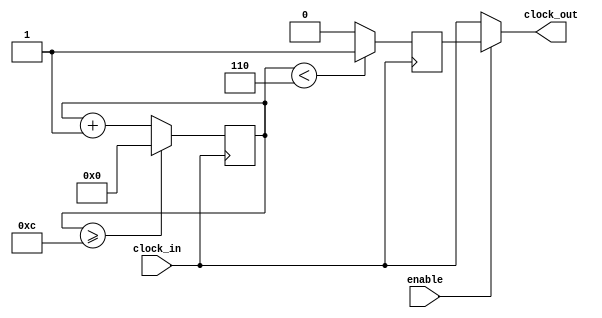
module Clock_divider(clock_in,clock_out,enable
    );
input clock_in; // input clock on FPGA
input enable; //mode to enable for ADC
output reg clock_out; // output clock after dividing the input clock by divisor
reg[27:0] counter=28'd0;
reg r_clock_out;
parameter DIVISOR = 28'd13;
// The frequency of the output clk_out
//  = The frequency of the input clk_in divided by DIVISOR
// For example: Fclk_in = 50Mhz, if you want to get 1Hz signal to blink LEDs
// You will modify the DIVISOR parameter value to 28'd50.000.000
// Then the frequency of the output clk_out = 50Mhz/50.000.000 = 1Hz
always @(posedge clock_in)
begin
 counter <= counter + 28'd1;
 if(counter>=(DIVISOR-1))
  counter <= 28'd0;
  r_clock_out <= (counter<DIVISOR/2)?1'b1:1'b0;
end

assign clock_out = enable ? r_clock_out:clock_in;
endmodule